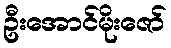
ဦးအောင်မိုးဇော်